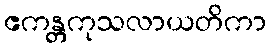
ဧကန္တကုသလာယတိကာ